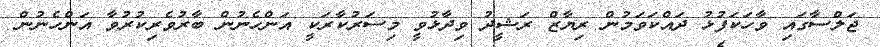
ޖަލްސާގައި ވާހަކަފުޅު ދައްކަވަމުން ރިޔާޒް ރަޝީދު ވިދާޅުވީ މިސަރުކާރަކީ އަންހެނުން ބާރުވެރިކުރުވާ އަންހެނުން